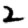
Digit: 2